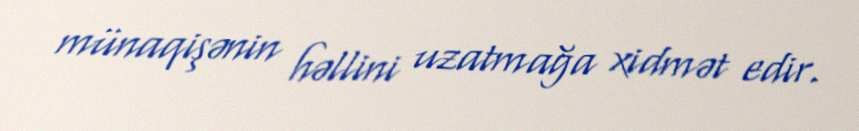
münaqişənin həllini uzatmağa xidmət edir.